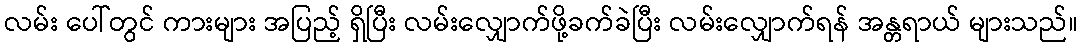
လမ်း ပေါ်တွင် ကားများ အပြည့် ရှိပြီး လမ်းလျှောက်ဖို့ခက်ခဲပြီး လမ်းလျှောက်ရန် အန္တရာယ် များသည်။